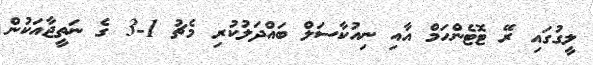
ލީގުގައި ރޭ ޓޮޓެންހަމް އާއި ނިއުކާސަލް ބައްދަލުކުރި މެޗު 1-3 ގެ ނަތީޖާއަކުން